画像に写った文字を読んでください
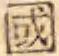
「國」と書いてあります